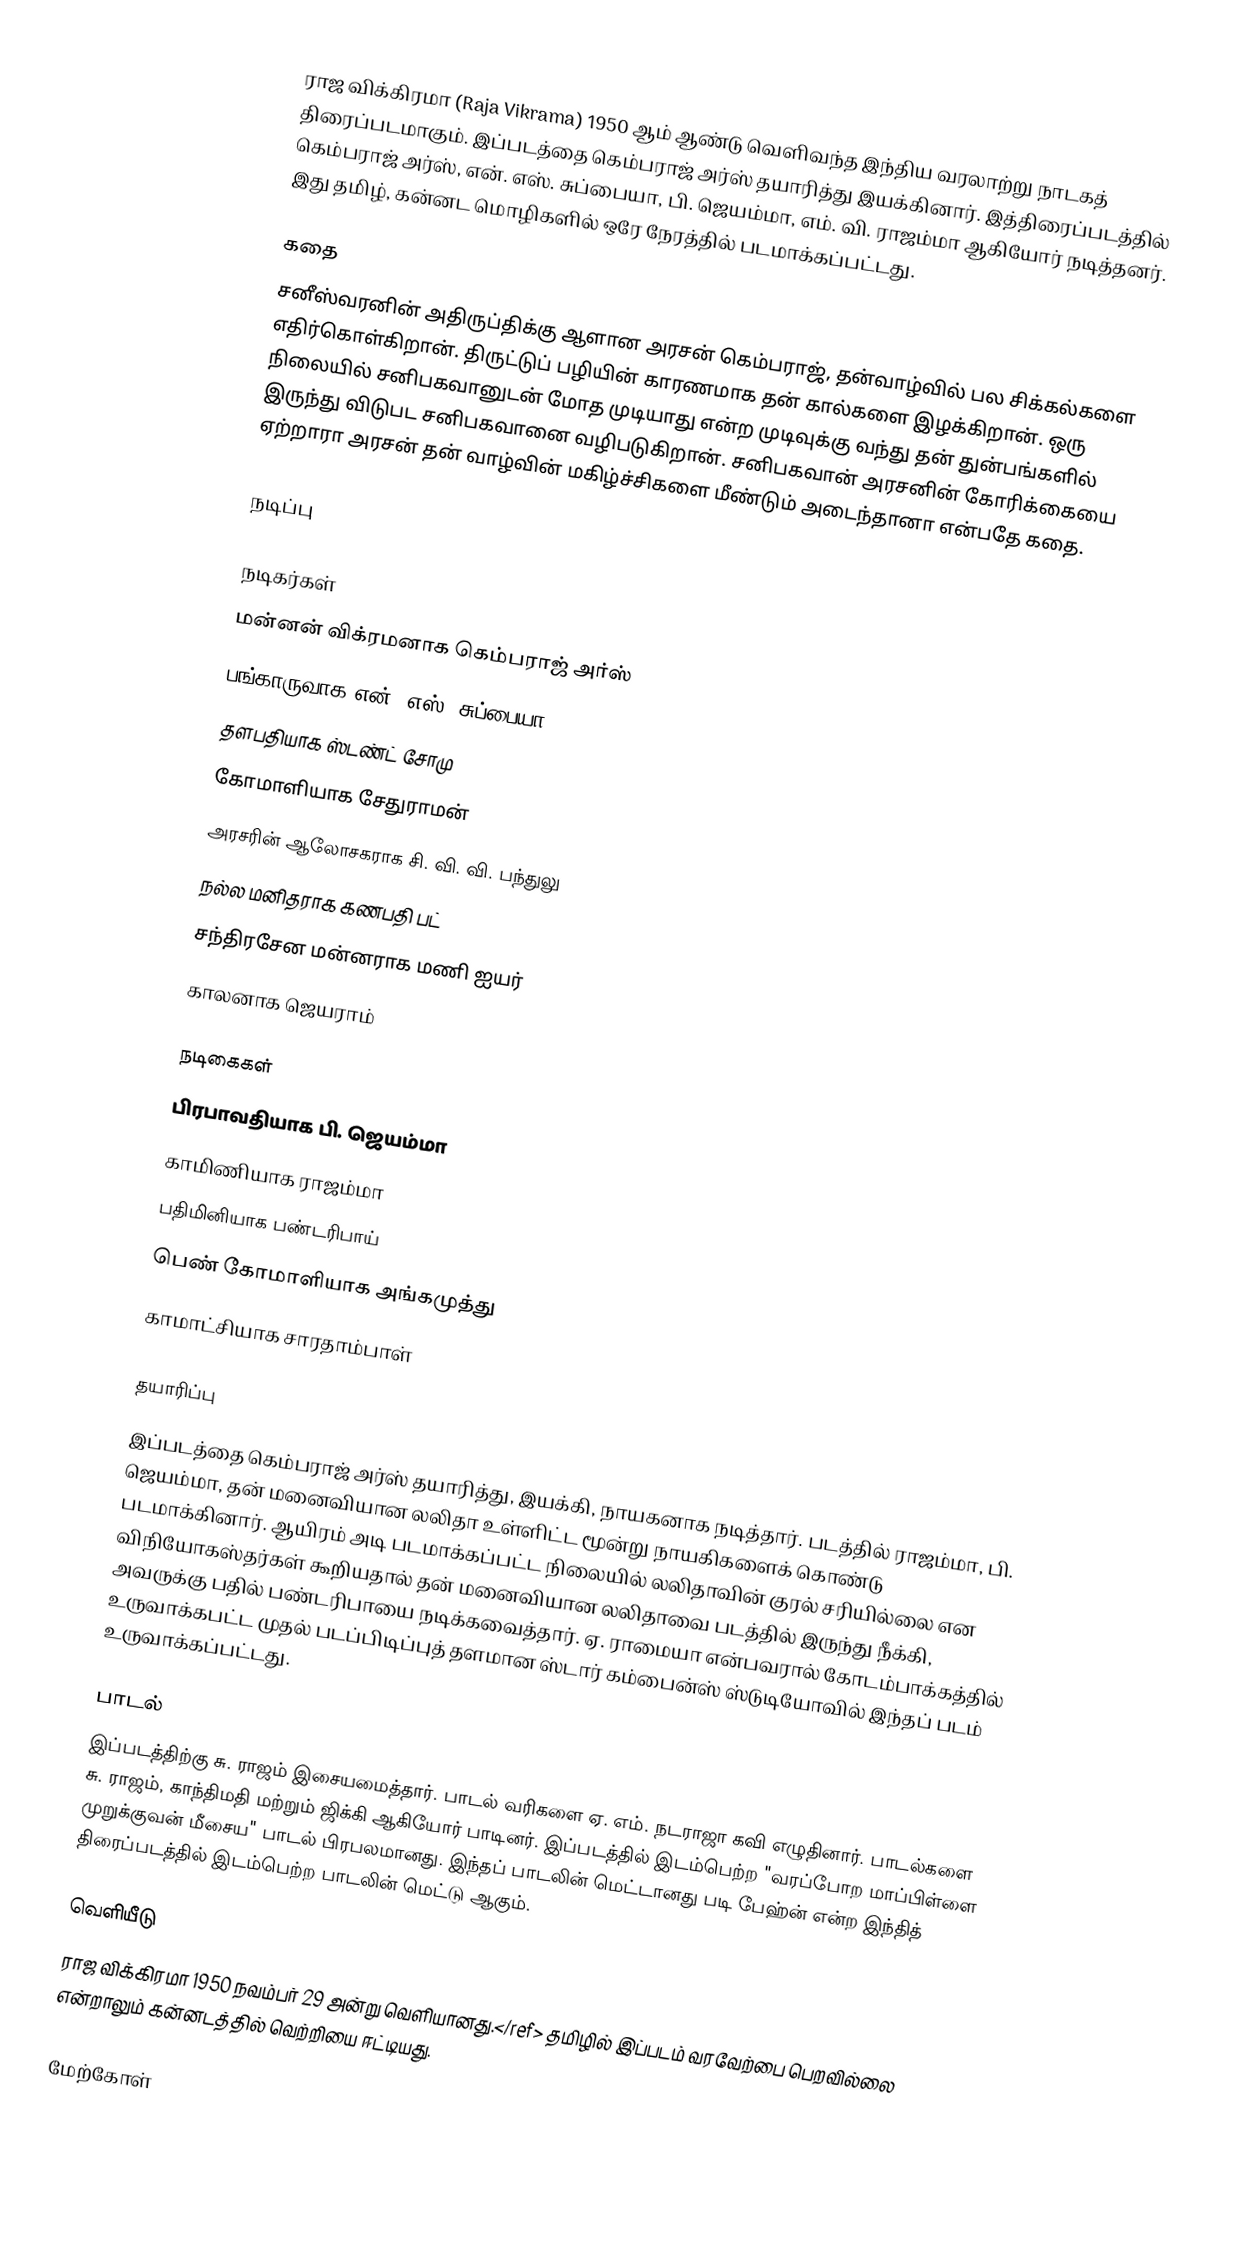
ராஜ விக்கிரமா (Raja Vikrama) 1950 ஆம் ஆண்டு வெளிவந்த இந்திய வரலாற்று நாடகத் திரைப்படமாகும். இப்படத்தை கெம்பராஜ் அர்ஸ் தயாரித்து இயக்கினார். இத்திரைப்படத்தில் கெம்பராஜ் அர்ஸ், என். எஸ். சுப்பையா, பி. ஜெயம்மா, எம். வி. ராஜம்மா ஆகியோர் நடித்தனர். இது தமிழ், கன்னட மொழிகளில் ஒரே நேரத்தில் படமாக்கப்பட்டது.

கதை
சனீஸ்வரனின் அதிருப்திக்கு ஆளான அரசன் கெம்பராஜ், தன்வாழ்வில் பல சிக்கல்களை எதிர்கொள்கிறான். திருட்டுப் பழியின் காரணமாக தன் கால்களை இழக்கிறான். ஒரு நிலையில் சனிபகவானுடன் மோத முடியாது என்ற முடிவுக்கு வந்து தன் துன்பங்களில் இருந்து விடுபட சனிபகவானை வழிபடுகிறான். சனிபகவான் அரசனின் கோரிக்கையை ஏற்றாரா அரசன் தன் வாழ்வின் மகிழ்ச்சிகளை மீண்டும் அடைந்தானா என்பதே கதை.

நடிப்பு

நடிகர்கள்
 மன்னன் விக்ரமனாக கெம்பராஜ் அர்ஸ்
 பங்காருவாக என். எஸ். சுப்பையா
 தளபதியாக ஸ்டண்ட் சோமு
 கோமாளியாக சேதுராமன்
 அரசரின் ஆலோசகராக சி. வி. வி. பந்துலு
 நல்ல மனிதராக கணபதி பட்
 சந்திரசேன மன்னராக மணி ஐயர்
 காலனாக ஜெயராம்

நடிகைகள்
 பிரபாவதியாக பி. ஜெயம்மா
 காமிணியாக ராஜம்மா
 பதிமினியாக பண்டரிபாய்
 பெண் கோமாளியாக அங்கமுத்து
 காமாட்சியாக சாரதாம்பாள்

தயாரிப்பு
இப்படத்தை கெம்பராஜ் அர்ஸ் தயாரித்து, இயக்கி, நாயகனாக நடித்தார். படத்தில் ராஜம்மா, பி. ஜெயம்மா, தன் மனைவியான லலிதா உள்ளிட்ட மூன்று நாயகிகளைக் கொண்டு படமாக்கினார். ஆயிரம் அடி படமாக்கப்பட்ட நிலையில் லலிதாவின் குரல் சரியில்லை என விநியோகஸ்தர்கள் கூறியதால் தன் மனைவியான லலிதாவை படத்தில் இருந்து நீக்கி, அவருக்கு பதில் பண்டரிபாயை நடிக்கவைத்தார்.  ஏ. ராமையா என்பவரால் கோடம்பாக்கத்தில் உருவாக்கபட்ட முதல் படப்பிடிப்புத் தளமான ஸ்டார் கம்பைன்ஸ் ஸ்டுடியோவில் இந்தப் படம் உருவாக்கப்பட்டது.

பாடல்
இப்படத்திற்கு சு. ராஜம் இசையமைத்தார். பாடல் வரிகளை ஏ. எம். நடராஜா கவி எழுதினார். பாடல்களை சு. ராஜம், காந்திமதி மற்றும் ஜிக்கி ஆகியோர் பாடினர். இப்படத்தில் இடம்பெற்ற "வரப்போற மாப்பிள்ளை முறுக்குவன் மீசைய" பாடல் பிரபலமானது. இந்தப் பாடலின் மெட்டானது படி பேஹ்ன் என்ற இந்தித் திரைப்படத்தில் இடம்பெற்ற பாடலின் மெட்டு ஆகும்.

வெளியீடு
ராஜ விக்கிரமா 1950 நவம்பர் 29 அன்று வெளியானது.</ref> தமிழில் இப்படம் வரவேற்பை பெறவில்லை என்றாலும் கன்னடத்தில் வெற்றியை ஈட்டியது.

மேற்கோள்